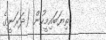
ތިޔަބައިމީހުން (ދަރަނީގެ